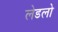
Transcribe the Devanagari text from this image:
लेडलो